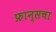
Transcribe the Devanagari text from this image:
फ्रान्‍सचा